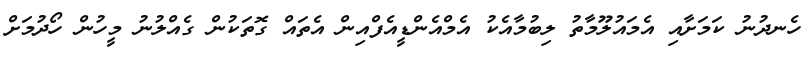
ހެނދުނު ކަމަށާއި އެމައުލޫމާތު ލިބުމާއެކު އެމްއެންޑީއެފްއިން އެތައް ގޮތަކުން ގެއްލުނު މީހުން ހޯދުމަށް